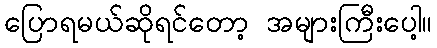
ပြောရမယ်ဆိုရင်တော့ အများကြီးပေါ့။